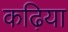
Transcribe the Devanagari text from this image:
कढ़िया